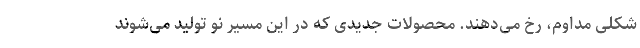
شکلی مداوم، رخ می‌دهند. محصولات جدیدی که در این مسیر نو تولید می‌شوند